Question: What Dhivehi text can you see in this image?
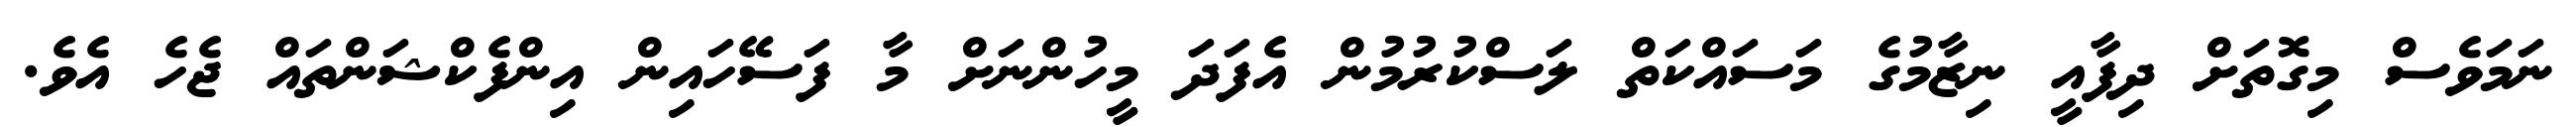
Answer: ނަމަވެސް މިގޮތަށް ދިފާއީ ނިޒާމުގެ މަސައްކަތް ލަސްކުރުމުން އެފަދަ މީހުންނަށް މާ ފަސޭހައިން އިންފެކްޝަންތައް ޖެހެ އެވެ.